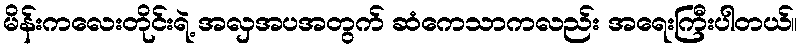
မိန်းကလေးတိုင်းရဲ့ အလှအပအတွက် ဆံကေသာကလည်း အရေးကြီးပါတယ်။